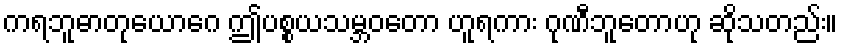
ကရဘူဓာတုယောဂေ ဤပစ္စယသမ္ဘဝတော ဟူရကား ဂုဏီဘူတောဟု ဆိုသတည်း။